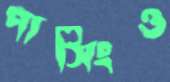
পাসিংও